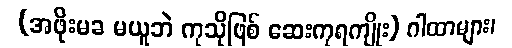
(အဖိုးမခ မယူဘဲ ကုသိုဖြစ် ဆေးကုရကျိုး) ဂါထာများ၊